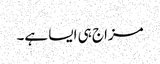
مزاج ہی ایسا ہے۔